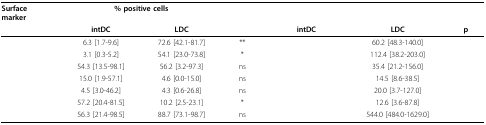
<table><thead><tr><td><b>Surface marker</b></td><td colspan="2"><b>% positive cells</b></td><td>[EMPTY_CELL]</td><td colspan="2">[EMPTY_CELL]</td><td>[EMPTY_CELL]</td></tr><tr><td>[EMPTY_CELL]</td><td><b>intDC</b></td><td><b>LDC</b></td><td>[EMPTY_CELL]</td><td><b>intDC</b></td><td><b>LDC</b></td><td><b>p</b></td></tr></thead><tbody><tr><td>[EMPTY_CELL]</td><td>6.3 [1.7-9.6]</td><td>72.6 [42.1-81.7]</td><td>**</td><td>[EMPTY_CELL]</td><td>60.2 [48.3-140.0]</td><td>[EMPTY_CELL]</td></tr><tr><td>[EMPTY_CELL]</td><td>3.1 [0.3-5.2]</td><td>54.1 [23.0-73.8]</td><td>*</td><td>[EMPTY_CELL]</td><td>112.4 [38.2-203.0]</td><td>[EMPTY_CELL]</td></tr><tr><td>[EMPTY_CELL]</td><td>54.3 [13.5-98.1]</td><td>56.2 [3.2-97.3]</td><td>ns</td><td>[EMPTY_CELL]</td><td>35.4 [21.2-156.0]</td><td>[EMPTY_CELL]</td></tr><tr><td>[EMPTY_CELL]</td><td>15.0 [1.9-57.1]</td><td>4.6 [0.0-15.0]</td><td>ns</td><td>[EMPTY_CELL]</td><td>14.5 [8.6-38.5]</td><td>[EMPTY_CELL]</td></tr><tr><td>[EMPTY_CELL]</td><td>4.5 [3.0-46.2]</td><td>4.3 [0.6-26.8]</td><td>ns</td><td>[EMPTY_CELL]</td><td>20.0 [3.7-127.0]</td><td>[EMPTY_CELL]</td></tr><tr><td>[EMPTY_CELL]</td><td>57.2 [20.4-81.5]</td><td>10.2 [2.5-23.1]</td><td>*</td><td>[EMPTY_CELL]</td><td>12.6 [3.6-87.8]</td><td>[EMPTY_CELL]</td></tr><tr><td>[EMPTY_CELL]</td><td>56.3 [21.4-98.5]</td><td>88.7 [73.1-98.7]</td><td>ns</td><td>[EMPTY_CELL]</td><td>544.0 [484.0-1629.0]</td><td>[EMPTY_CELL]</td></tr></tbody></table>